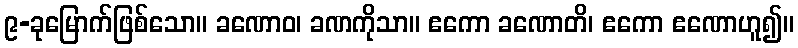
၉-ခုမြောက်ဖြစ်သော။ ခဏောဝ၊ ခဏကိုသာ။ ဧကော ခဏောတိ၊ ဧကော ဧဏောဟူ၍။